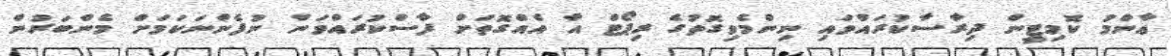
ޢާންމު ކޮމިޓީން ދިރާސާކުރައްވައި ނިންމެވިގޮތުގެ ރިޕޯޓް އާ އެއްގޮތަށް ފާސްކުރައްވަން ނުފެންނަކަމަށް މެންބަރުން